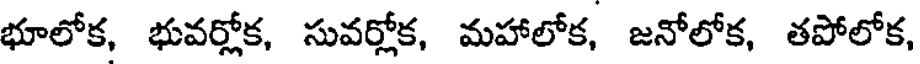
భూలోక, భువర్లోక, సువర్లోక, మహాలోక, జనోలోక, తపోలోక,